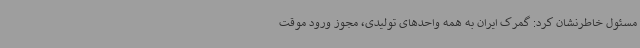
مسئول خاطرنشان کرد: گمرک ایران به همه واحدهای تولیدی، مجوز ورود موقت